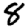
Digit: 8